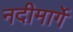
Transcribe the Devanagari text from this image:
नदीमार्गे